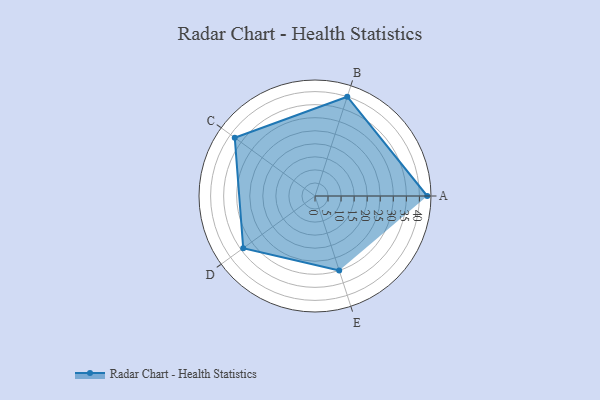
{"axis": {"x": "Skill", "y": "Score"}, "legend": ["Profile"], "data": [{"x": "A", "y": 43.0, "type": "Profile"}, {"x": "B", "y": 40.0, "type": "Profile"}, {"x": "C", "y": 38.0, "type": "Profile"}, {"x": "D", "y": 34.0, "type": "Profile"}, {"x": "E", "y": 30.0, "type": "Profile"}]}